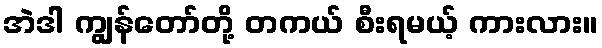
အဲဒါ ကျွန်တော်တို့ တကယ် စီးရမယ့် ကားလား။